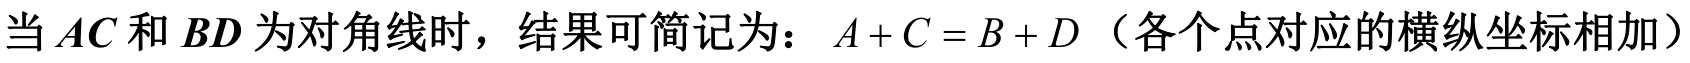
当\(AC\)和\(BD\)为对角线时，结果可简记为：\(A + C = B + D\)（各个点对应的横纵坐标相加）